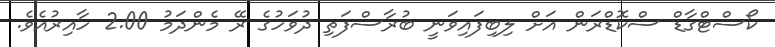
ކޯސްޓްގާޑް ސްކޮޑްރަން އަށް ލިބިފައިވަނީ ބުރާސްފަތި ދުވަހުގެ ރޭ މެންދަމު 2.00 ހާއިރުއެވެ.